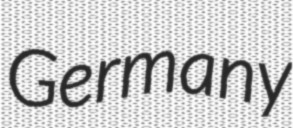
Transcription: Germany